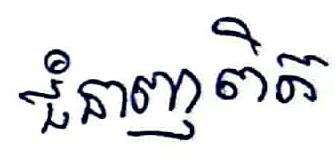
ជំនាញពិត